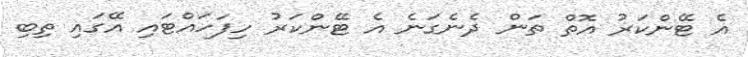
އެ ޓޭންކަރު އޮތް ތަން ދެނެގަނެ އެ ޓޭންކަރު ހިފަހައްޓައި އޭގައި ތިބި